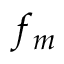
f _ { m }